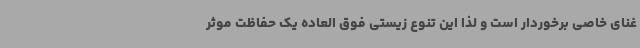
غنای خاصی برخوردار است و لذا این تنوع زیستی فوق العاده یک حفاظت موثر